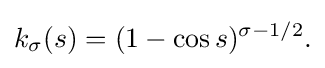
\displaystyle {k_{\sigma }(s)=(1-\cos s)^{\sigma -1/2}.}